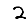
Digit: 2